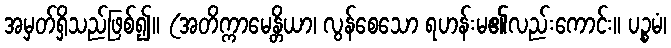
အမှတ်ရှိသည်ဖြစ်၍။ (အတိက္ကာမေန္တိယာ၊ လွန်စေသော ရဟန်းမ၏လည်းကောင်း။ ပဉ္စမံ၊